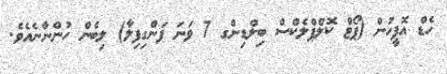
ހެޑް އޮފީހުން (ޕޯޓް ކޮލްޕްލެކްސް ބިލްޑިންގ 7 ވަނަ ފަންގިފިލާ) ލިބެން ހުންނާނެއެވެ.